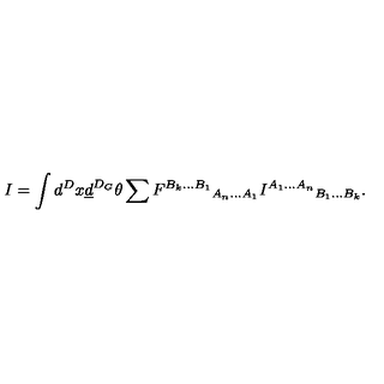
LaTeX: I = \int d ^ { D } x \underline { { d } } ^ { D _ { G } } \theta \sum { F ^ { B _ { k } . . . B _ { 1 } } } _ { A _ { n } . . . A _ { 1 } } { I ^ { A _ { 1 } . . . A _ { n } } } _ { B _ { 1 } . . . B _ { k } } .